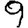
Digit: 9